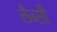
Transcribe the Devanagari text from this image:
लैन्सी